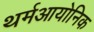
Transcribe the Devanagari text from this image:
थर्मआयोनिक